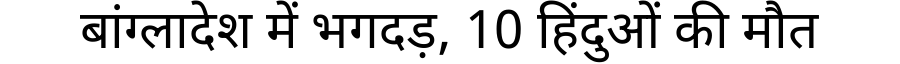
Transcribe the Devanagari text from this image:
बांग्लादेश में भगदड़, 10 हिंदुओं की मौत